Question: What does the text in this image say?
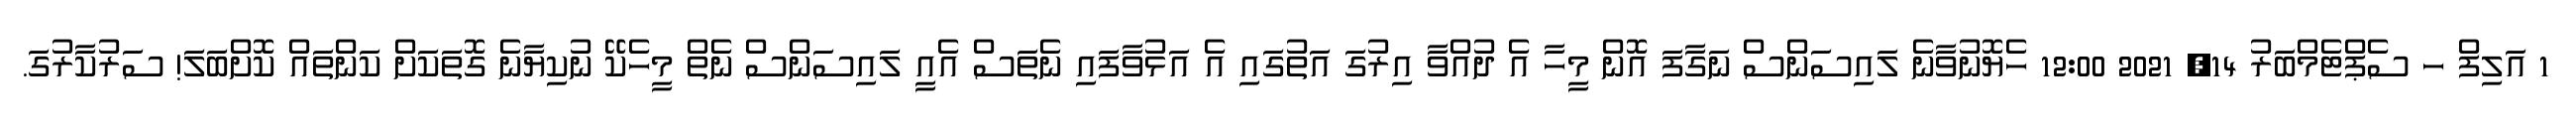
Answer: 1 އަލިފް ހ ސެޕްޓެމްބަރު 14, 2021 12:00 ހެޔޮނުވާނެ ލައިސަންސް ނަގާފަ އޮން މީހާ އެ ދުއްވާ އިރުގަ އަތުގައި އެ އަޅުވާފައި ނެތަސް އެއީ ލައިސަންސް ނެތް މީހެކޭ ނުކިޔާނެ ގޮތަކަށް ކަންތައް ކޮށްބަލަ! ސަރުކާރުގަ.